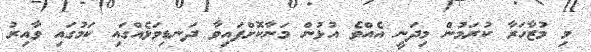
މި މުޒާހަރާ ކުރަމުން މިދަނީ އެއްވެ އުޅުން މަނާކޮށްފައިވާ ދަނޑިވަޅެއްގައި ކަމުގައި ވާއިރު